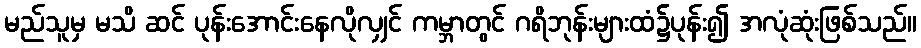
မည်သူမှ မသိ ဆင် ပုန်းအောင်းနေလိုလျှင် ကမ္ဘာတွင် ဂရိဘုန်းများထံ၌ပုန်း၍ အလုံဆုံးဖြစ်သည်။